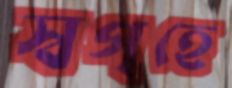
স্বগৃহে